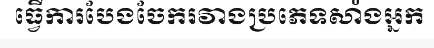
ធ្វើការបែងចែករវាងប្រភេទសាំងអ្នក